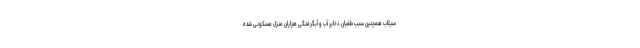
سیلاب همچنین سبب طغیان ذخایر آب و آبگرفتگی هزاران منزل مسکونی شده